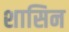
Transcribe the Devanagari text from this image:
शासिन